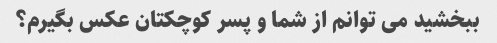
ببخشید می توانم از شما و پسر کوچکتان عکس بگیرم؟